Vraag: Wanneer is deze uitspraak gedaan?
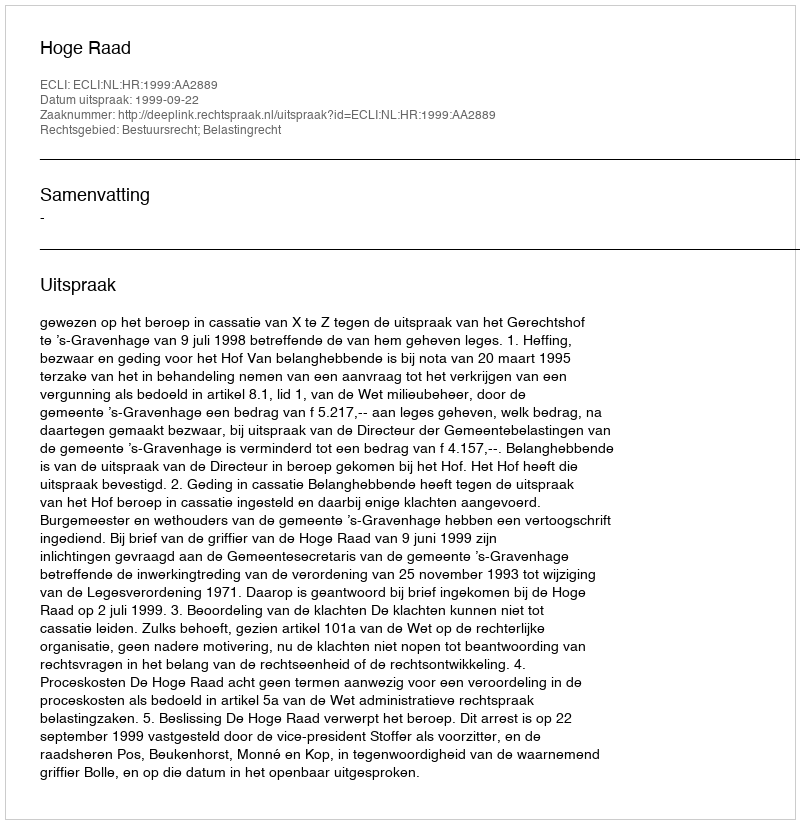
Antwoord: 1999-09-22